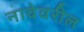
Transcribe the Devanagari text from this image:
नावेवरील